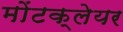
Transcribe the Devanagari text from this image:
मोंटक्लेयर